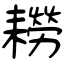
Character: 耮